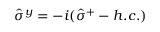
\hat { \sigma } ^ { y } = - i ( \hat { \sigma } ^ { + } - h . c . )